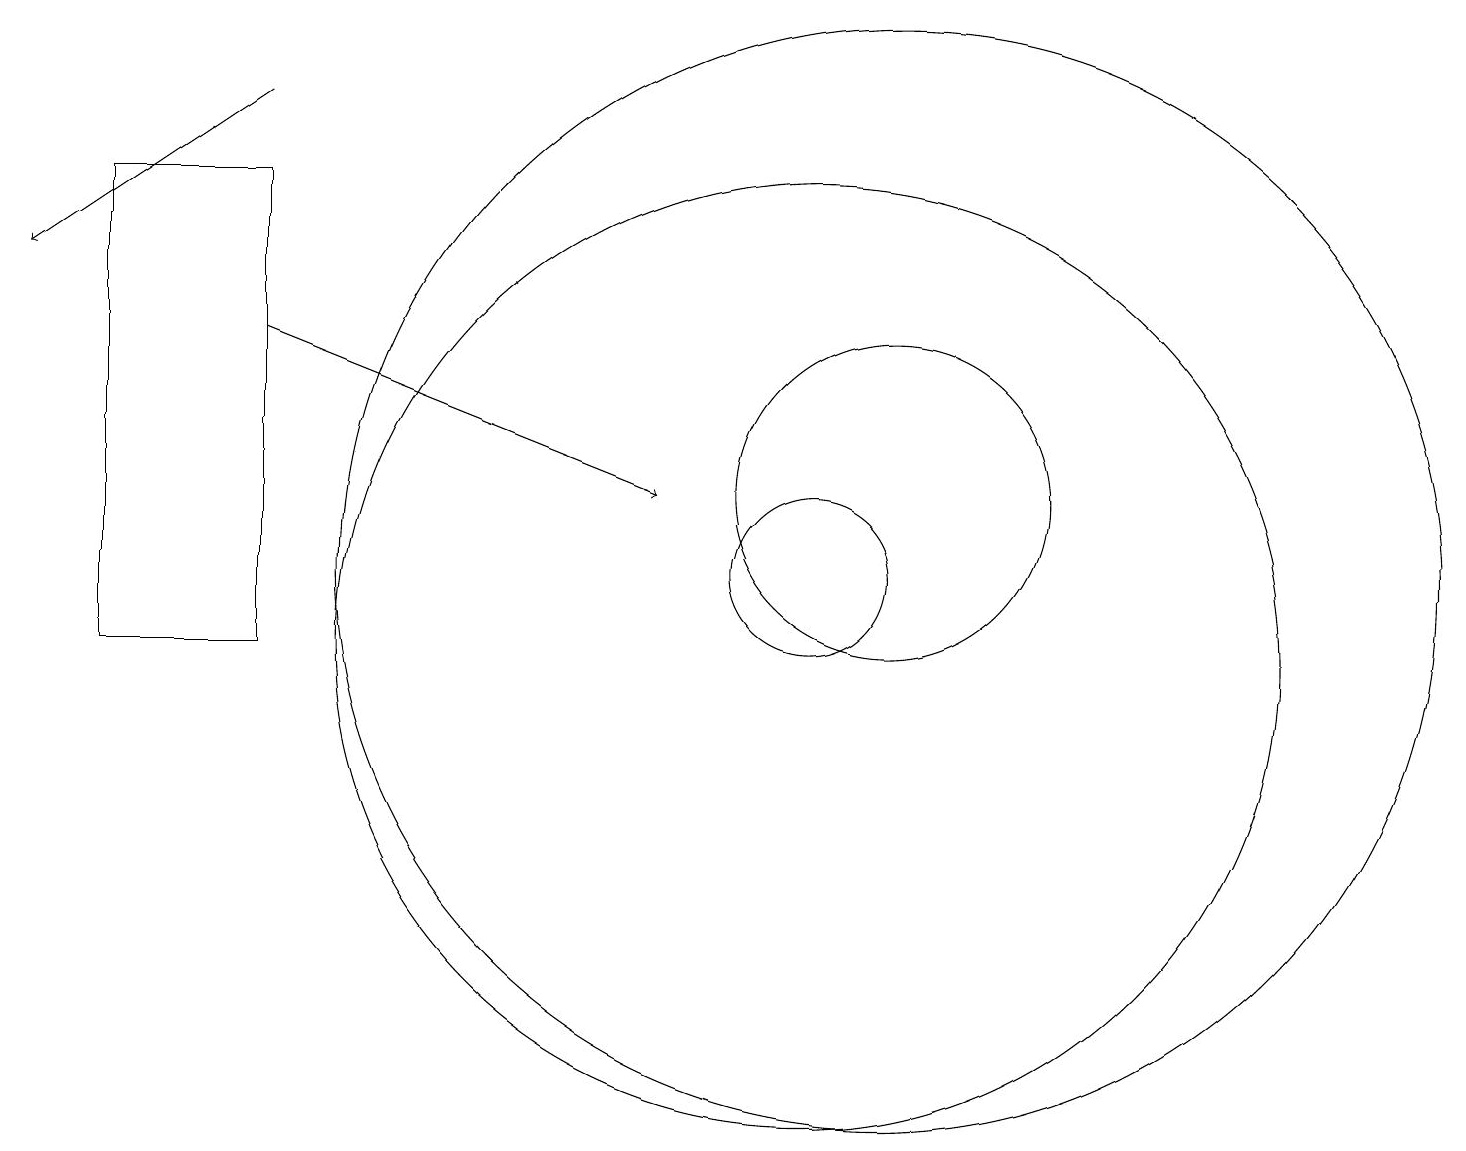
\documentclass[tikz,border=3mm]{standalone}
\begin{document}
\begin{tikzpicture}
\draw (12,11) circle (7);
\draw (11,11) circle (1);
\draw (11,10) circle (6);
\draw[->] (4,17) -- (1,15);
\draw (12,12) circle (2);
\draw (2,10) rectangle (4,16);
\draw[->] (4,14) -- (9,12);
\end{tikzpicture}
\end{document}